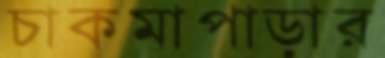
চাকমাপাড়ার